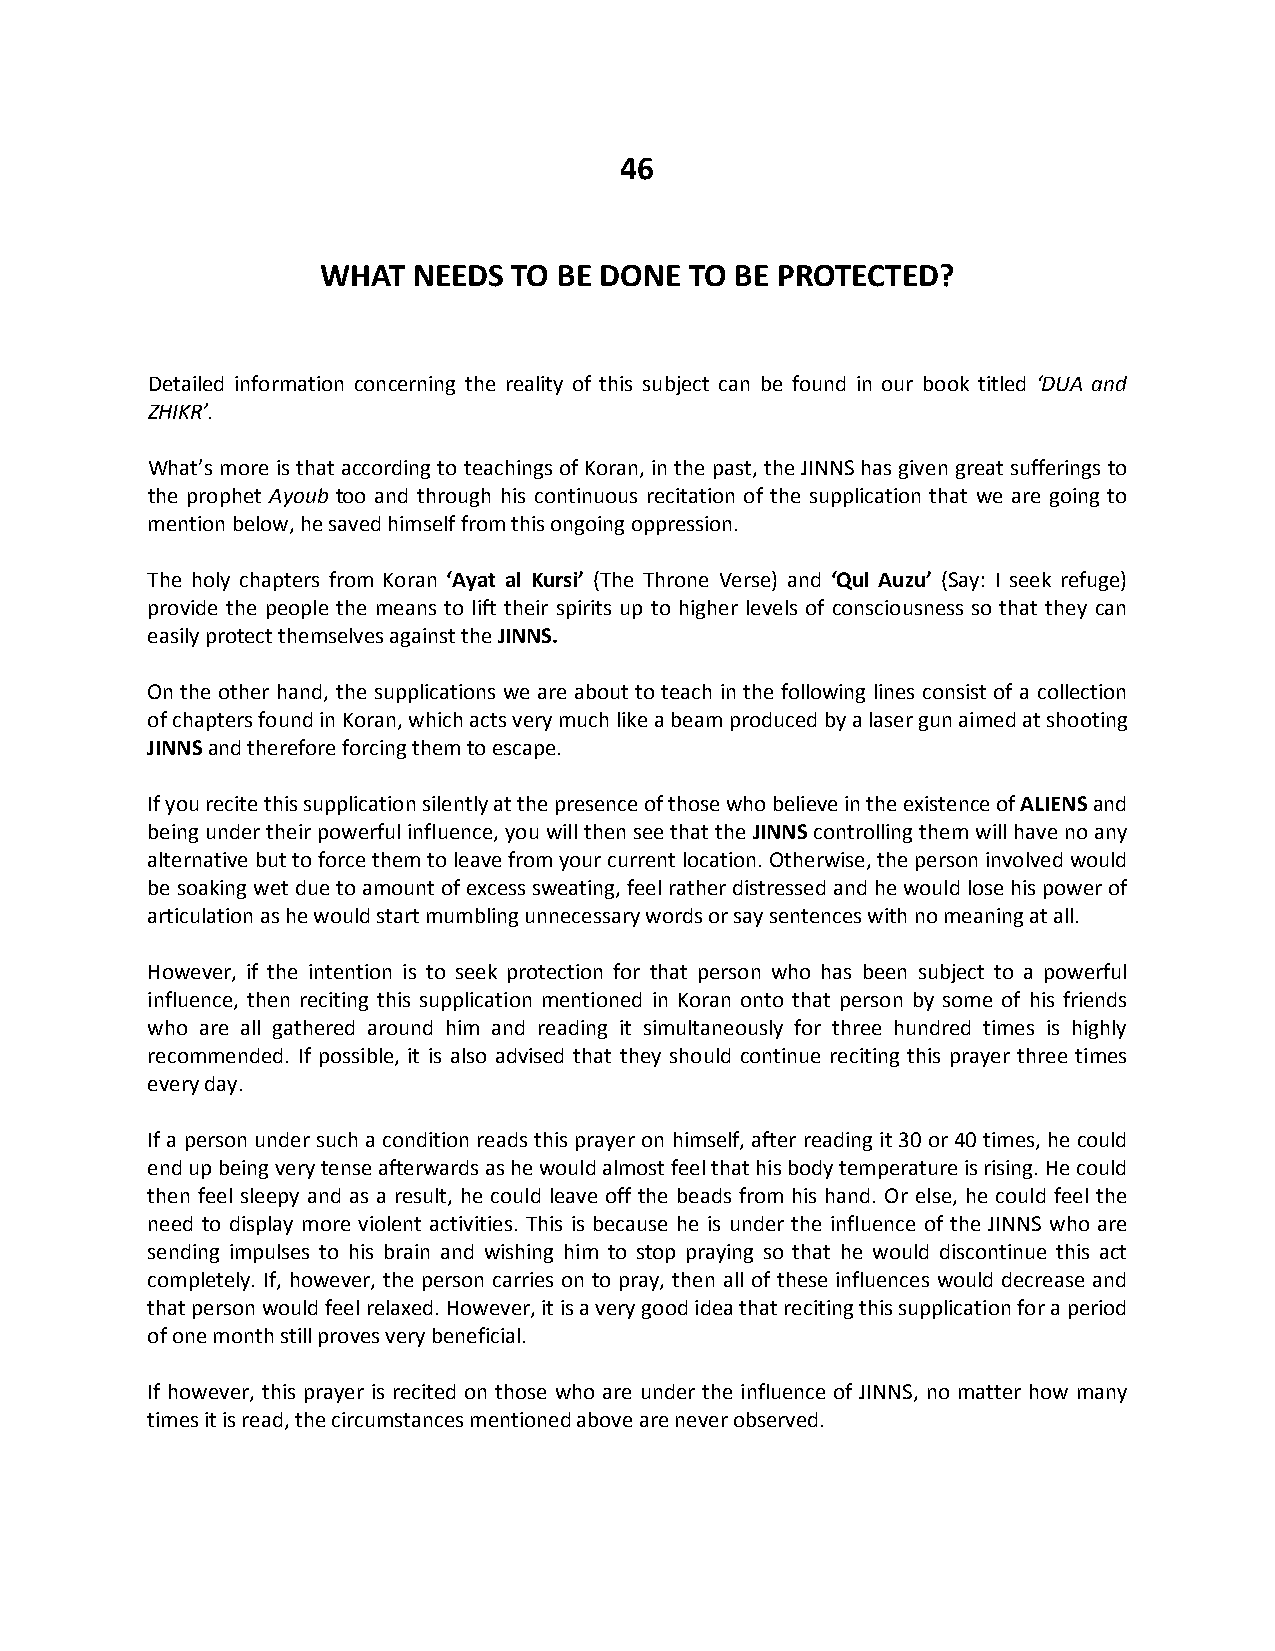
46
 WHAT  NEEDS  TO BE DONE  TO BE PROTECTED?
 Detailed information concerning the reality of this subject can be found in our book titled ‘DUA and
 ZHIKR’.
 What’s more is that according to teachings of Koran, in the past, the JINNS has given great sufferings to
 the prophet Ayoub too and through his continuous recitation of the supplication that we are going to
 mention below, he saved himself from this ongoing oppression.
 The holy chapters from Koran ‘Ayat al Kursi’ (The Throne Verse) and ‘Qul Auzu’ (Say: I seek refuge)
 provide the people the means to lift their spirits up to higher levels of consciousness so that they can
 easily protect themselves against the JINNS.
 On the other hand, the supplications we are about to teach in the following lines consist of a collection
 of chapters found in Koran, which acts very much like a beam produced by a laser gun aimed at shooting
 JINNS and therefore forcing them to escape.
 If you recite this supplication silently at the presence of those who believe in the existence of ALIENS and
 being under their powerful influence, you will then see that the JINNS controlling them will have no any
 alternative but to force them to leave from your current location. Otherwise, the person involved would
 be soaking wet due to amount of excess sweating, feel rather distressed and he would lose his power of
 articulation as he would start mumbling unnecessary words or say sentences with no meaning at all.
 However, if the intention is to seek protection for that person who has been subject to a powerful
 influence, then reciting this supplication mentioned in Koran onto that person by some of his friends
 who are all gathered around him and reading it simultaneously for three hundred times is highly
 recommended. If possible, it is also advised that they should continue reciting this prayer three times
 every day.
 If a person under such a condition reads this prayer on himself, after reading it 30 or 40 times, he could
 end up being very tense afterwards as he would almost feel that his body temperature is rising. He could
 then feel sleepy and as a result, he could leave off the beads from his hand. Or else, he could feel the
 need to display more violent activities. This is because he is under the influence of the JINNS who are
 sending impulses to his brain and wishing him to stop praying so that he would discontinue this act
 completely. If, however, the person carries on to pray, then all of these influences would decrease and
 that person would feel relaxed. However, it is a very good idea that reciting this supplication for a period
 of one month still proves very beneficial.
 If however, this prayer is recited on those who are under the influence of JINNS, no matter how many
 times it is read, the circumstances mentioned above are never observed.